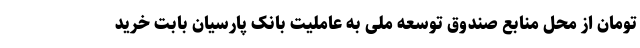
تومان از محل منابع صندوق توسعه ملی به عاملیت بانک پارسیان بابت خرید